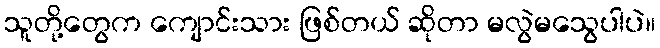
သူတို့တွေက ကျောင်းသား ဖြစ်တယ် ဆိုတာ မလွဲမသွေပါပဲ။